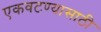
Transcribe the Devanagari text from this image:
एकवटण्यासाठी